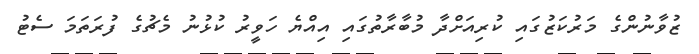
ޒުވާނުންގެ މަރުކަޒުގައި ކުރިއަށްދާ މުބާރާތުގައި އިއްޔެ ހަވީރު ކުޅުނު މެޗުގެ ފުރަތަމަ ސެޓު